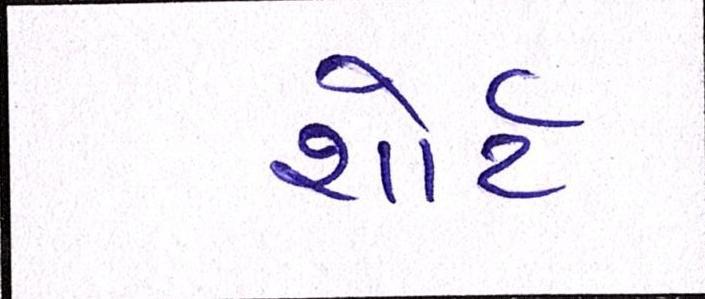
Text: શોર્ટ